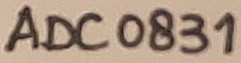
Text: ADC0831